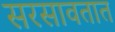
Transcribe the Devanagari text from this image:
सरसावतात